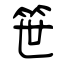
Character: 笹